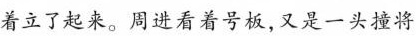
着立了起来。周进看着号板，又是一头撞将